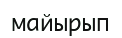
майырып